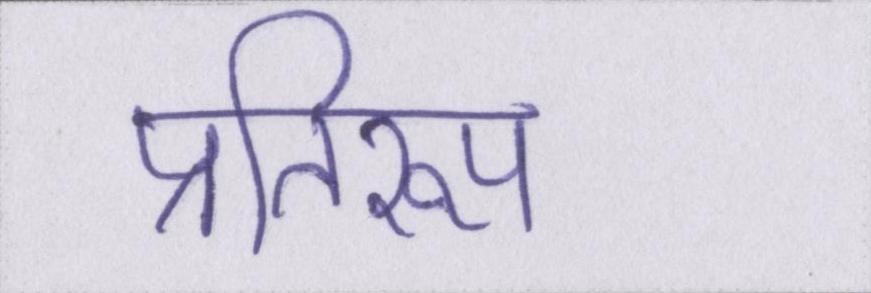
प्रतिरूप